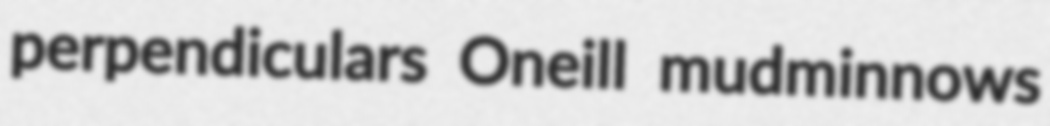
perpendiculars Oneill mudminnows